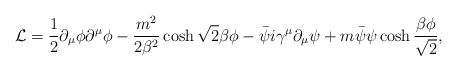
\begin{align*}{\cal L} = \frac12 \partial_\mu \phi \partial^\mu \phi - \frac{m^2}{2\beta^2} \cosh\sqrt2\beta \phi - \bar\psi i\gamma^\mu \partial_\mu \psi + m\bar\psi \psi\cosh\frac{\beta\phi}{\sqrt2},\end{align*}